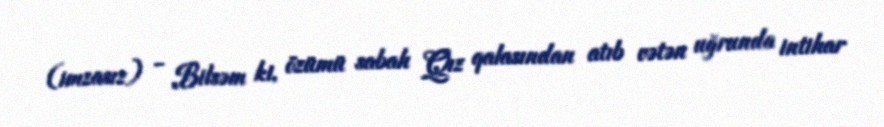
(imzasız) - Bilsəm ki, özümü sabah Qız qalasından atıb vətən uğrunda intihar